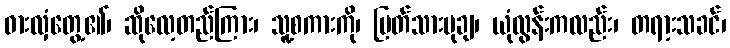
ဓားလှံတွေ့၏၊ ဆိုလေ့တည်ကြား၊ သူ့စကားကို၊ ပြတ်သားမုချ၊ ယုံလွန်းကလည်း၊ တရာ့းသခင်၊